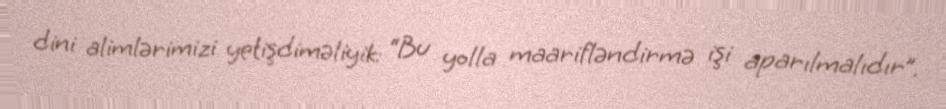
dini alimlərimizi yetişdiməliyik: “Bu yolla maarifləndirmə işi aparılmalıdır”.